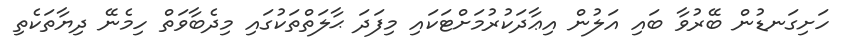
ހަށިގަނޑުން ބޭރުވާ ބައި އަލުން އިޢާދަކުރުމަށްޓަކައި މިފަދަ ޙާލަތްތަކުގައި މިދެބާވަތް ހިމެނޭ ދިޔާތަކެތި